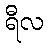
ရီလ